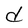
Character: d